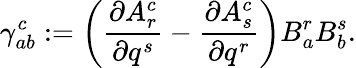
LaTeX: \gamma_{ab}^{c}:=\left(\frac{\partial A_{r}^{c}}{\partial q^{s}}-\frac{\partial A_{s}^{c}}{\partial q^{r}}\right)B_{a}^{r}B_{b}^{s}.